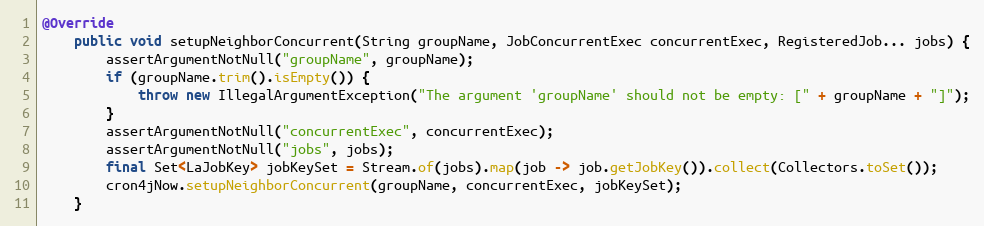
Language: Java
@Override
    public void setupNeighborConcurrent(String groupName, JobConcurrentExec concurrentExec, RegisteredJob... jobs) {
        assertArgumentNotNull("groupName", groupName);
        if (groupName.trim().isEmpty()) {
            throw new IllegalArgumentException("The argument 'groupName' should not be empty: [" + groupName + "]");
        }
        assertArgumentNotNull("concurrentExec", concurrentExec);
        assertArgumentNotNull("jobs", jobs);
        final Set<LaJobKey> jobKeySet = Stream.of(jobs).map(job -> job.getJobKey()).collect(Collectors.toSet());
        cron4jNow.setupNeighborConcurrent(groupName, concurrentExec, jobKeySet);
    }